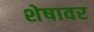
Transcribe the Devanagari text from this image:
शेषावर